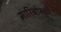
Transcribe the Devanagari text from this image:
मारिबोस्र्को